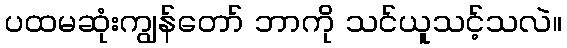
ပထမဆုံးကျွန်တော် ဘာကို သင်ယူသင့်သလဲ။